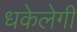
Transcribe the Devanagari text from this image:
धकेलेगी